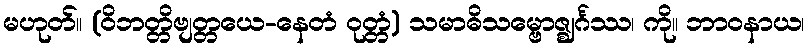
မဟုတ်။ (ဝိဘတ္တိဗျတ္တယေ-နေတံ ဝုတ္တံ) သမာဓိသမ္ဗောဇ္ဈင်္ဂဿ၊ ကို။ ဘာဝနာယ၊